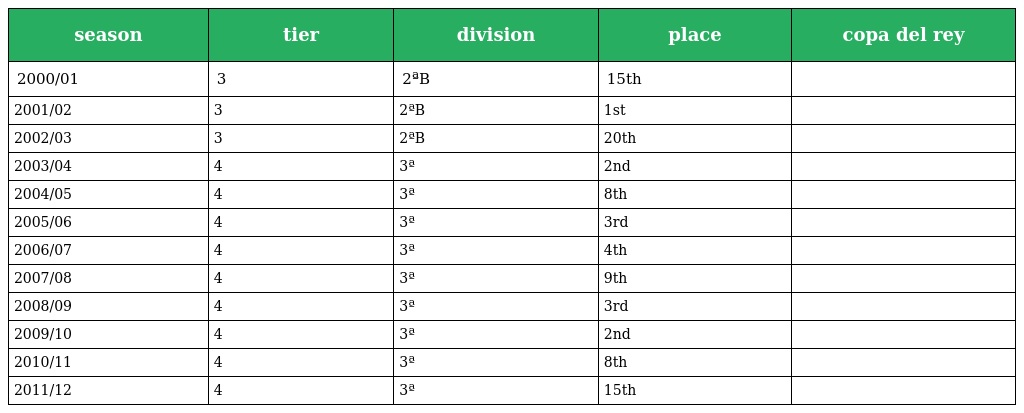
| season | tier | division | place | copa del rey |
 | --- | --- | --- | --- | --- |
 | 2000/01 | 3 | 2ªB | 15th |  |
 | 2001/02 | 3 | 2ªB | 1st |  |
 | 2002/03 | 3 | 2ªB | 20th |  |
 | 2003/04 | 4 | 3ª | 2nd |  |
 | 2004/05 | 4 | 3ª | 8th |  |
 | 2005/06 | 4 | 3ª | 3rd |  |
 | 2006/07 | 4 | 3ª | 4th |  |
 | 2007/08 | 4 | 3ª | 9th |  |
 | 2008/09 | 4 | 3ª | 3rd |  |
 | 2009/10 | 4 | 3ª | 2nd |  |
 | 2010/11 | 4 | 3ª | 8th |  |
 | 2011/12 | 4 | 3ª | 15th |  |